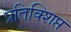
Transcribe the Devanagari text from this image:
प्रतिक्शिप्त